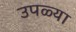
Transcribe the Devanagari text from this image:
उपळ्या